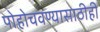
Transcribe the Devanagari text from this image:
पोहोचवण्यासाठीही